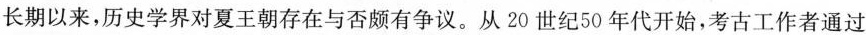
长期以来，历史学界对夏王朝存在与否颇有争议。从20世纪50年代开始，考古工作者通过